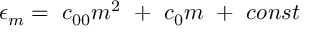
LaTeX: { \epsilon } _ { m } = \ c _ { 0 0 } m ^ { 2 } \ + \ c _ { 0 } m \ + \ c o n s t